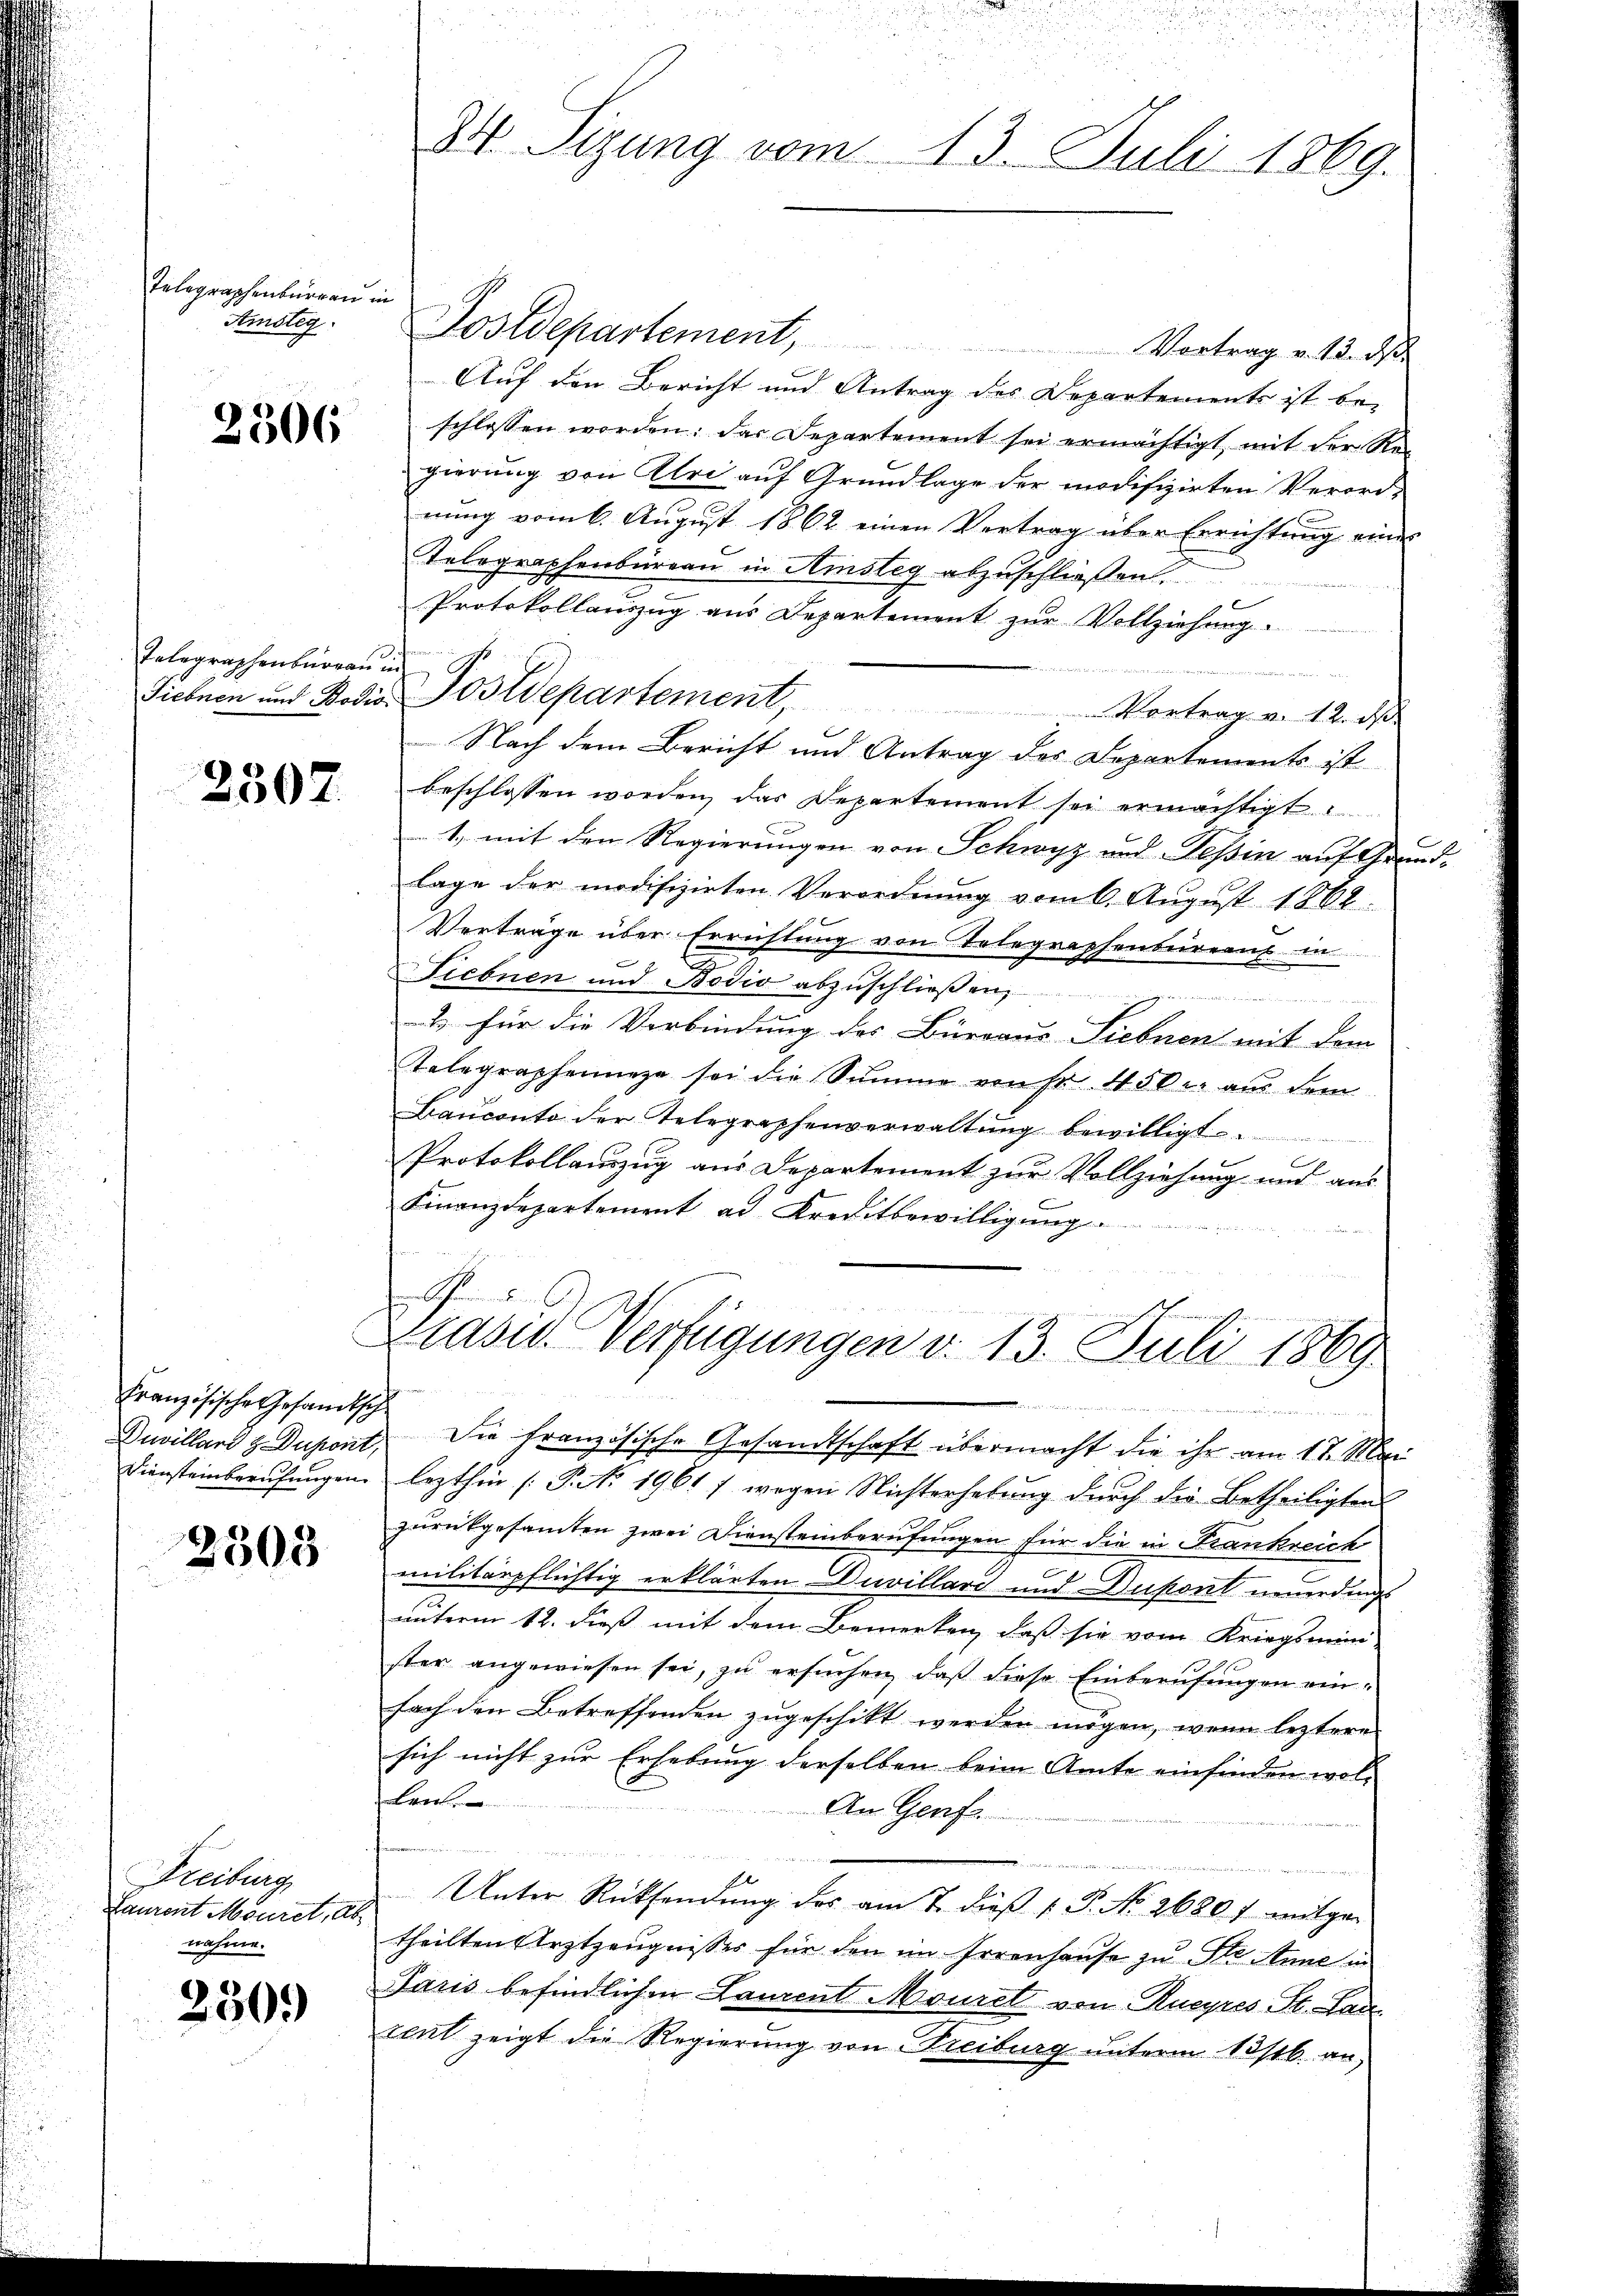
Telegraphenburgen in
Amsteg.

2306

Telegraphenburgau in

2307.

Französische Gesandt sich
Diensteinberufungen.

2303

Frechung
Laurent Mönret, Abnahme.

230.

Postdepartement,
Vortrag v. 13. ds.
Auf den Bericht und Antrag des Departements ist be-
schlossen worden: das Departement sei ermächtigt, mit der Rei
gierung von Alri auf Grundlage der modifizirten Verord-
nŭng vom 6. Aŭgŭst 1862 einen Vertrag über Errichtŭng einer
Telegraphenburgau in Ainsteg abzuschließen.
Protokollauszug aus Departement zur Vollziehung.
Siebnen und Bodis Postdepartement Vortrag v. 12. ds.
Nach dem Bericht und Antrag des Departements ist
beschlossen worden, das Departement sei ermächtigt.
1., mit den Regierungen von Schwyz und Tessin auf Grundlage der modifizirten Verordnung vom 6. August 1862.
Verträge über Errichtung von Telegraphenbureaus in
Siebnen und Bodio abzuschließen,
& für die Verbindung der Büreaus Siebnen mit dem
Telegraphennige sei die Summe von Fr. 450 r. aus dem
Bauconto der Telegraphenverwaltŭng bewilligt.
.
Protokollauszug aus Departement zur Vollziehung und aus
Finanzdepartement ad Kreditbewilligung .........

u

34. Sigung vom 13. Juli 1869.

Präsid. Verfügungen d. 13. Juli 1869

vende
Duvillard & Dupont. Die französische Gesandtschaft übermacht die ihr am 17. Mai
lezthin (P. No 1961 / wegen Nichterhebung durch die Betheiligten
zurükgesamten zwei Diensteinberufungen für die in Frankreich
militärpflichtig erklärten Anvillard und Dupont neuerdings
unterm 12. dieß mit dem Bemerken, daß sie vom Kriegsmini-
ster angewiesen sei, zu ersuchen, daß diese Einberufungen einfach den Betreffenden zugeschikt werden mögen, wenn leztere
sich nicht zur Erhebung derselben beim Amte einfinden wol-
Len
An Genf
Unter Rücksendŭng des am 7. dieβ 1. P. No 2680 f mitgen
theilten Arztzeugnisses für den im Irrenhause zu Dr. Anne in
Paris befindlichen Lanzent Mouret von Rueyres St. Lan
tent zeigt die Regierung von Freiburg unterm 13/16. an,